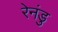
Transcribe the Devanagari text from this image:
रेनंडु